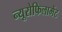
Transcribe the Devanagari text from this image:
न्यूरोफिलामेंट